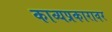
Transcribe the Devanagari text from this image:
काव्यप्रकारावर